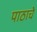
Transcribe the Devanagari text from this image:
पाठाचे